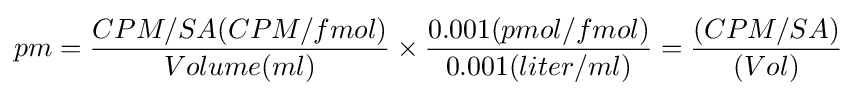
pm={\frac {CPM/SA(CPM/fmol)}{Volume(ml)}}\times {0.001(pmol/fmol) \over 0.001(liter/ml)}={(CPM/SA) \over (Vol)}